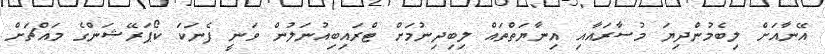
އޭނާއަށް ލިބެމުންދިޔަ މުސާރައާއި އިނާޔަތްތައް ލިބިދިނުމަށް ޓްރައިބިއުނަލުން ވަނީ ފެނަކަ ކޯޕަރޭޝަންގެ މައްޗަށް